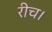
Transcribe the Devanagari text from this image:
रीच।